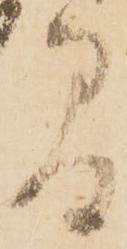
間